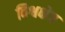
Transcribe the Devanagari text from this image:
विश्वक्षेत्र